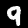
Digit: 9